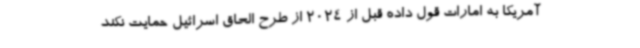
آمریکا به امارات قول داده قبل از 2024 از طرح الحاق اسرائیل حمایت نکند